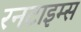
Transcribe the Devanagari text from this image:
रनटाइम्स